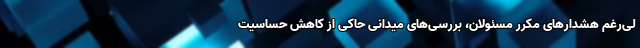
لی‌رغم هشدارهای مکرر مسئولان، بررسی‌های میدانی حاکی از کاهش حساسیت